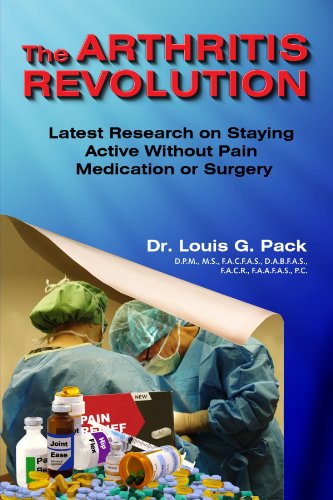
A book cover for The Arthritis Revolution; Louis Pack; Health, Fitness & Dieting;